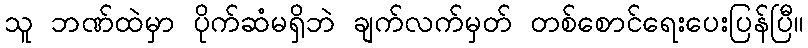
သူ ဘဏ်ထဲမှာ ပိုက်ဆံမရှိဘဲ ချက်လက်မှတ် တစ်စောင်ရေးပေးပြန်ပြီ။